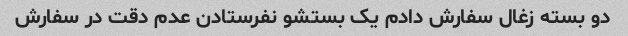
دو بسته زغال سفارش دادم یک بستشو نفرستادن عدم دقت در سفارش